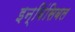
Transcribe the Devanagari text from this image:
इन्विंसिबल